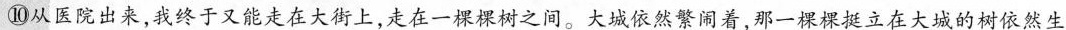
⑩从医院出来，我终于又能走在大街上，走在一棵棵树之间。大城依然繁闹着，那一棵棵挺立在大城的树依然生